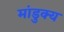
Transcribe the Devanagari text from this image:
मांडुक्य